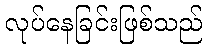
လုပ်နေခြင်းဖြစ်သည်